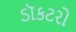
ડૉકટરો